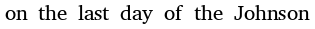
on the last day of the Johnson